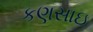
કણસાઇ